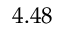
4 . 4 8